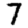
Digit: 7